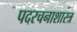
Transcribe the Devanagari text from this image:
पदरचनाशास्त्र